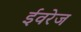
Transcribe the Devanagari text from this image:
ईवरेज